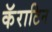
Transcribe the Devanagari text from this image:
कॅराटिन